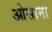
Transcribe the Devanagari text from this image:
ओसाना